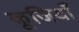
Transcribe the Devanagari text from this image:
कूजियाँ